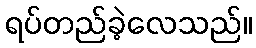
ရပ်တည်ခဲ့လေသည်။